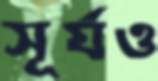
সূর্যও